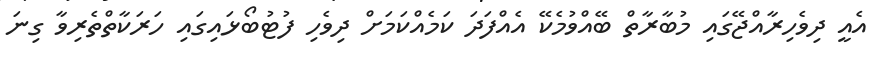
އެއީ ދިވެހިރާއްޖޭގައި މުބާރާތް ބޭއްވުމެކޭ އެއްފަދަ ކަމެއްކަމަށް ދިވެހި ފުޓުބޯޅައިގައި ހަރަކާތްތެރިވާ ގިނަ